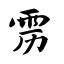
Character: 雳